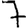
Digit: 7